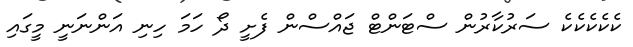
ކެކެކެކެކެ ސަރުކާރުން ސްޓަންޓް ޖައްސްން ފެށީ ދޯ ހަމަ ހިނި އަންނަނީ މީގައި